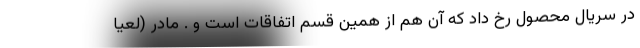
در سريال محصول رخ داد که آن هم از همين قسم اتفاقات است و . مادر (لعيا